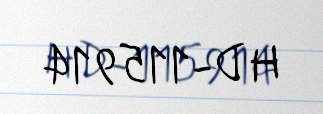
HD-115914